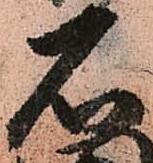
石